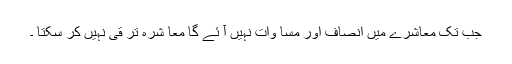
جب تک معاشرے میں انصاف اور مسا وات نہیں آ ئے گا معا شرہ تر قی نہیں کر سکتا ۔